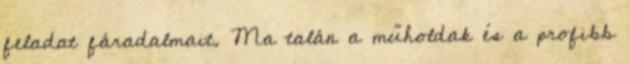
feladat fáradalmait. Ma talán a műholdak és a profibb